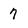
Character: 7